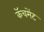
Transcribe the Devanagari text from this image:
कॅचमेंट